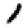
Digit: 1